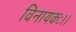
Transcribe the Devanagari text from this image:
विनायकः।।